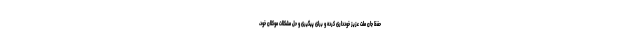
حفظ جان ملت عزیز خودداری کرده و برای پیگیری و حل مشکلات موکلان خود،